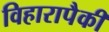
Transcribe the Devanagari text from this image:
विहारापैकी